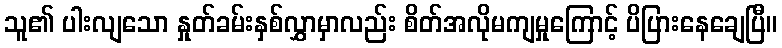
သူ၏ ပါးလျသော နှုတ်ခမ်းနှစ်လွှာမှာလည်း စိတ်အလိုမကျမှုကြောင့် ပိပြားနေချေပြီ။